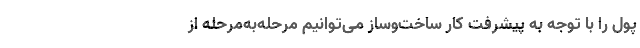
پول را با توجه به پیشرفت کار ساخت‌وساز می‌توانیم مرحله‌به‌مرحله از